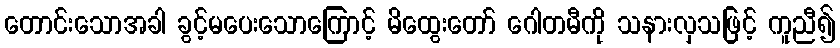
တောင်းသောအခါ ခွင့်မပေးသောကြောင့် မိထွေးတော် ဂေါတမီကို သနားလှသဖြင့် ကူညီ၍